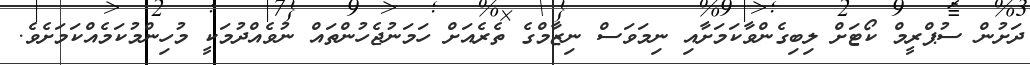
ދަށުން ސުޕްރީމް ކޯޓަށް ލިބިގެންވާކަމަށާއި ނިމަވަސް ނިޒާމްގެ ތެރެއަށް ހަމަނުޖެހުންތައް ނުވެއްދުމަކީ މުހިންމުކަމެއްކަމަށެވެ.